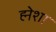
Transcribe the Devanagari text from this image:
ह्मेशा